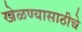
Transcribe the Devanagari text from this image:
खेळण्यासाठीचे